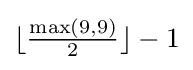
\lfloor {\tfrac {\max(9,9)}{2}}\rfloor -1